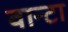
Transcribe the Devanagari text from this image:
वान्टा